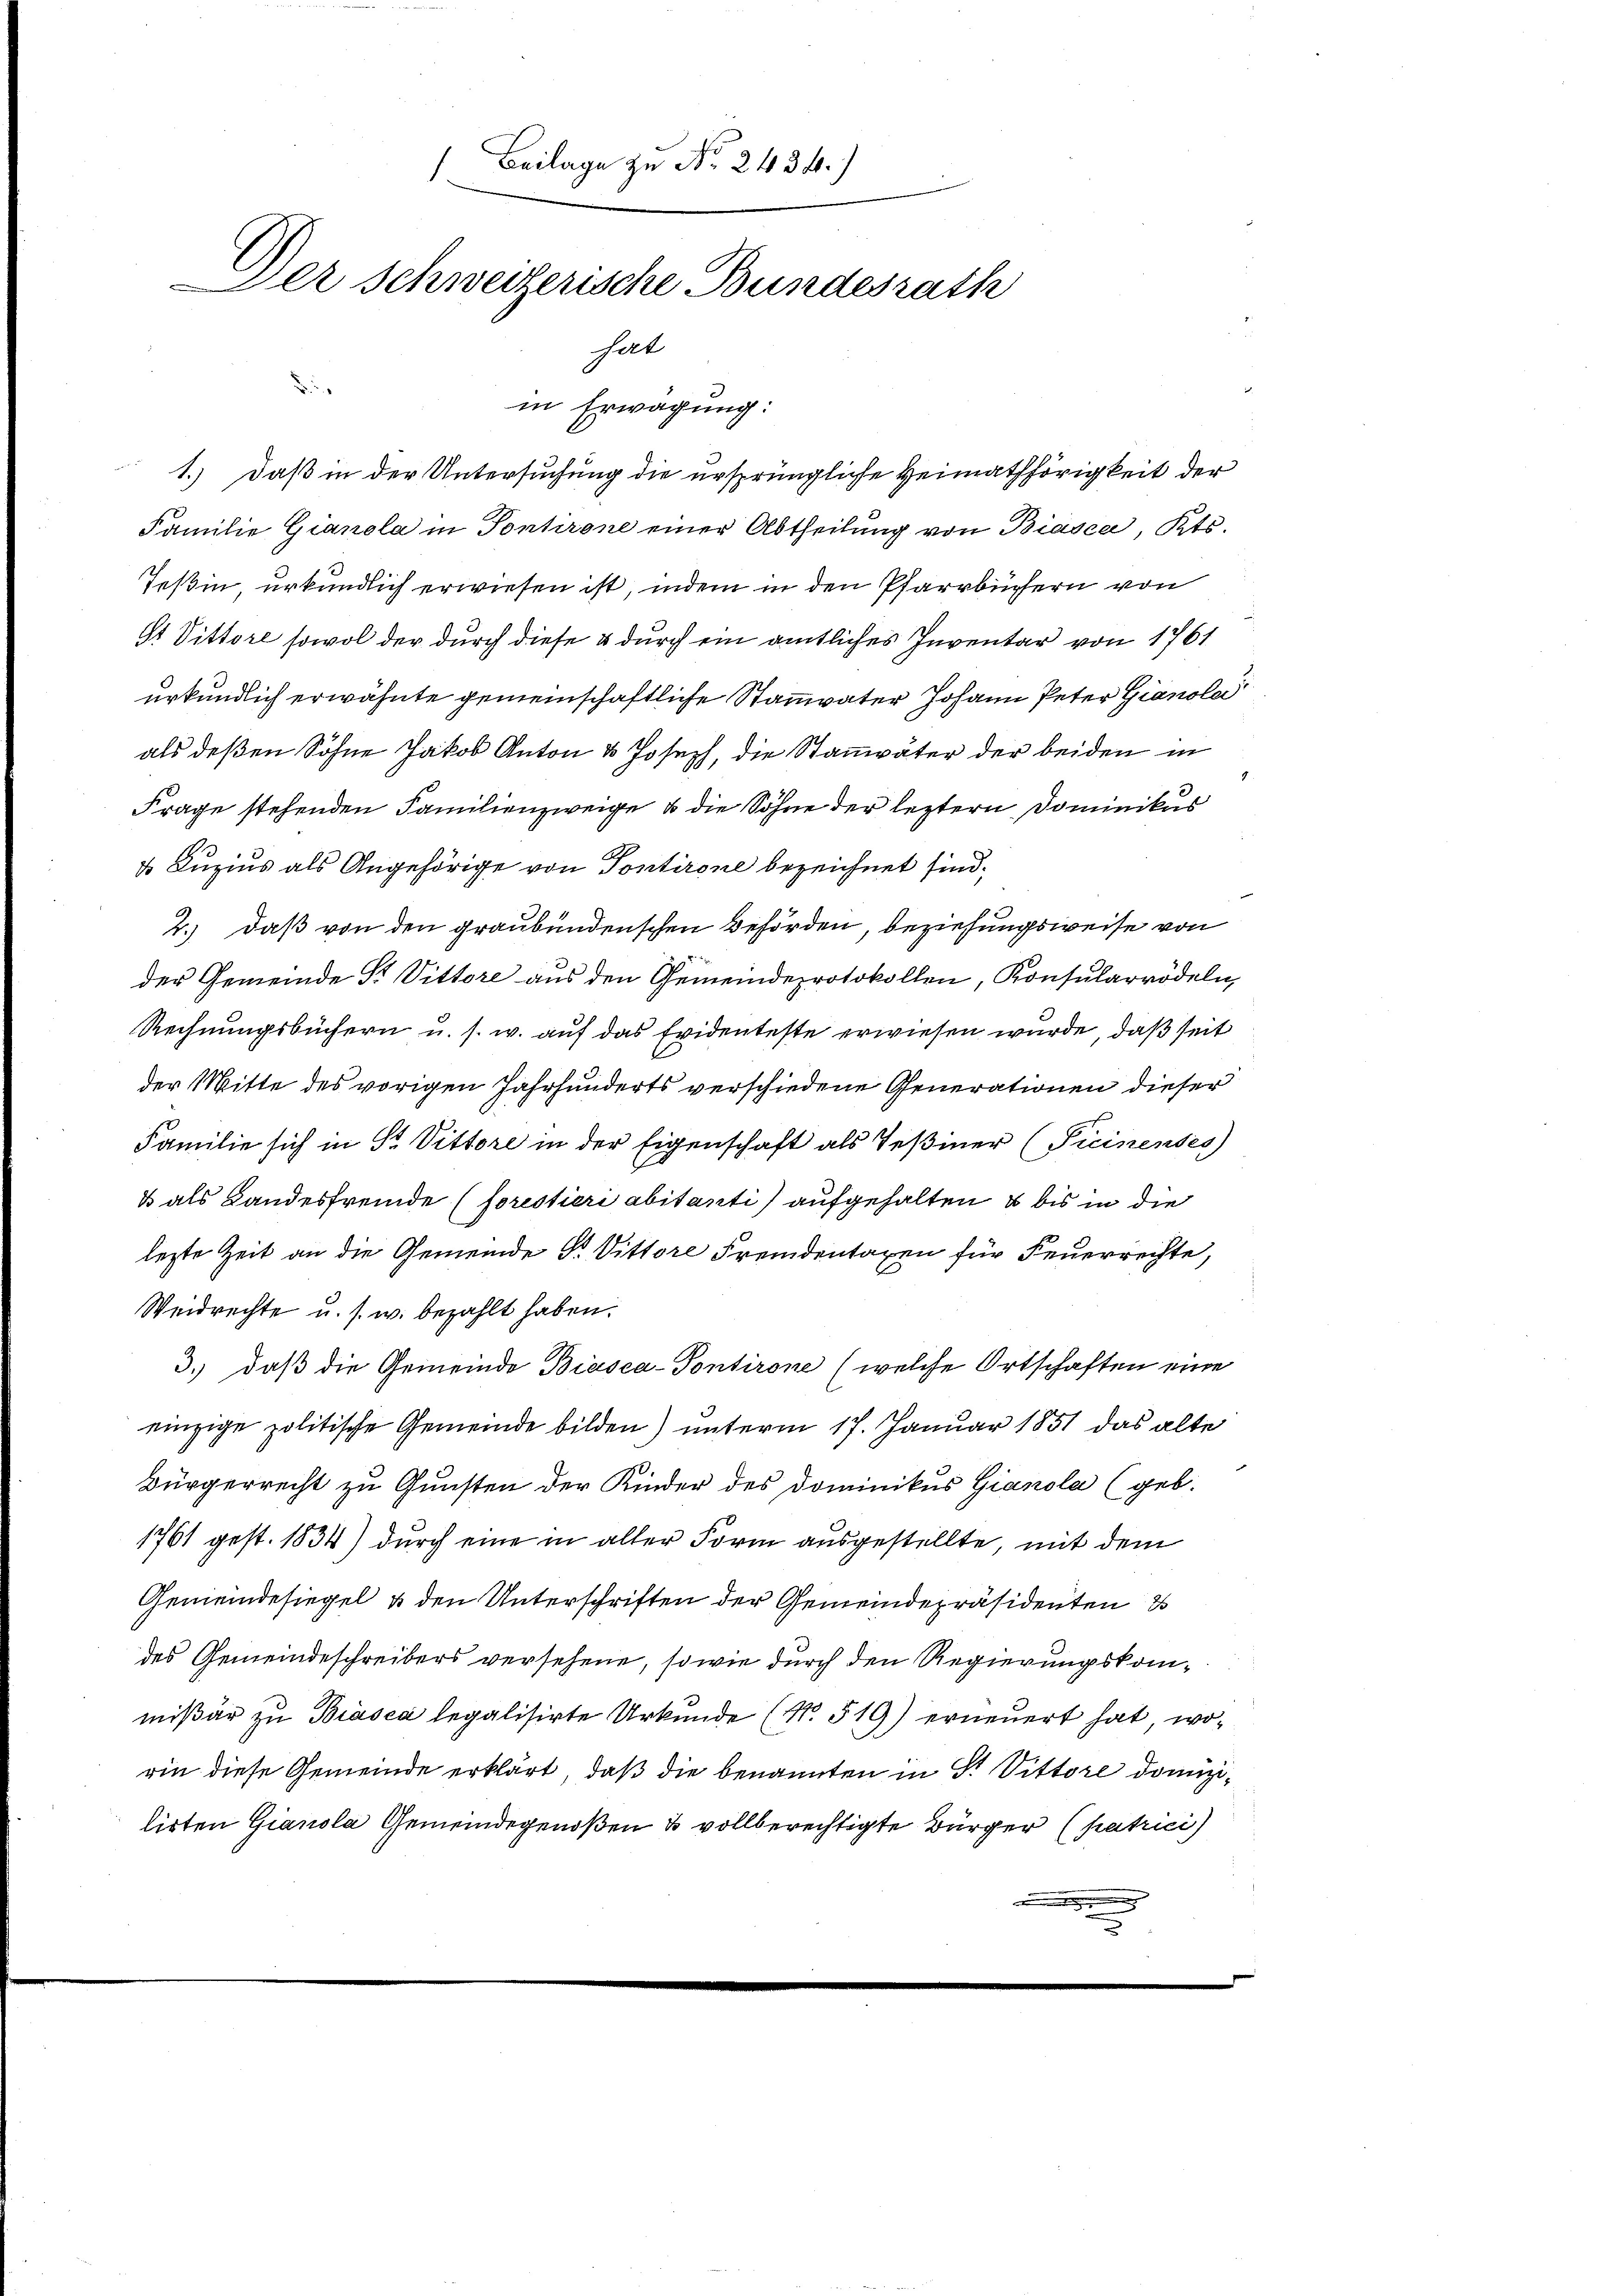
Beilage zu No 2434.)
Der Schweizerische Bundesrath
hat

d
Familie Gianola in Pontirone einer Abtheilung von Biasca, Kts.
Teßin, urkundlich erwiesen ist, indem in den Pfarrbüchern von
St Vittore sowol der durch diese & durch ein amtliches Inventar von 1761
urkundlich erwähnte gemeinschaftliche Stammvater Johann Peter Gianole
als deßen Sohne Jakob Anton & Joseph, die Stammväter der beiden in
Frage stehenden Familienzweige & die Söhne der leztern Dominikus
d Luzius als Angehörige von Pontirone bezeichnet sind.
2.) daß von den graubündenschen Behörden, beziehungsweise von
der Gemeinde Sr. Vittore aus den Gemeindeprotokollen, Konsularrödeln,
Rechnungsbüchern u. s. w. auf das Evidenteste erwiesen wurde, daß seit
der Mitte des vorigen Jahrhunderts verschiedene Generationen dieser
Familie sich in St. Vittore in der Eigenschaft als Teßiner (Picinenses)
& als Landesfremde (sorestieri abitanti aufgehalten, u bis in die
lezte Zeit an die Gemeinde Dr. Vittore Fremdentaxen für Feuerrechte,
Weidrechte u. s. w. bezahlt haben.
3.) daß die Gemeinde Biasca-Pontirone (welche Ortschaften eine
einzige politische Gemeinde bilden) unterm 17. Januar 1851 das alte
Bürgerrecht zu Gunsten der Kinder des Dominikus Gianola (geb.
1761 gest. 1834) durch eine in aller Form ausgestellte, mit dem
Gemeindesiegel & den Unterschriften der Gemeindepräsidenten
des Gemeindeschreibers versehene, sowie durch den Regierungskommißär zu Biasca legalisirte Urkunde (N. 519) erneuert hat, worin diese Gemeinde erklärt, daß die benannten in P. Vittore domizilirten Gianola Gemeindegenoßen & vollberechtigte Bürger (patrici
.
s

in Erwägung:
1.) Daß in der Untersuchung die ursprüngliche Heimathörigkeit der